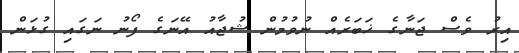
އިރު ވެސް ޖަނާގެ ޚަބަރެއް ނުވުމުން ޝުޖާއު އޭނަގެ ފޯނު ނަގައި ގުޅަން